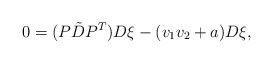
\begin{align*}0=(P \tilde{D} P^T)D\xi - (v_1v_2+a)D\xi,\end{align*}